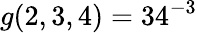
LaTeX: g(2,3,4)=34^{-3}